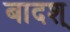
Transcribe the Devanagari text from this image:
बादश्